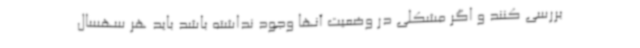
بررسی کنند و اگر مشکلی در وضعیت آنها وجود نداشته باشد باید هر سهسال